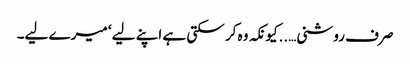
صرف روشنی…..کیونکہ وہ کر سکتی ہے اپنے لیے ‘ میرے لیے۔